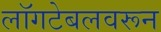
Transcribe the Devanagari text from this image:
लॉगटेबलवरून